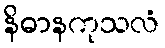
နိဓာနကုသလံ